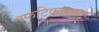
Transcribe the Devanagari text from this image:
स्फटिकाप्रमाणे